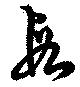
段